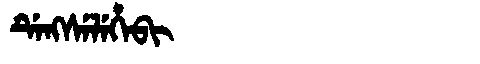
Manchu: ᡩᡝᠩᠰᡝᠯᡝᡥᡝᠪᡳ
Romanization: DENGSELEHEBI